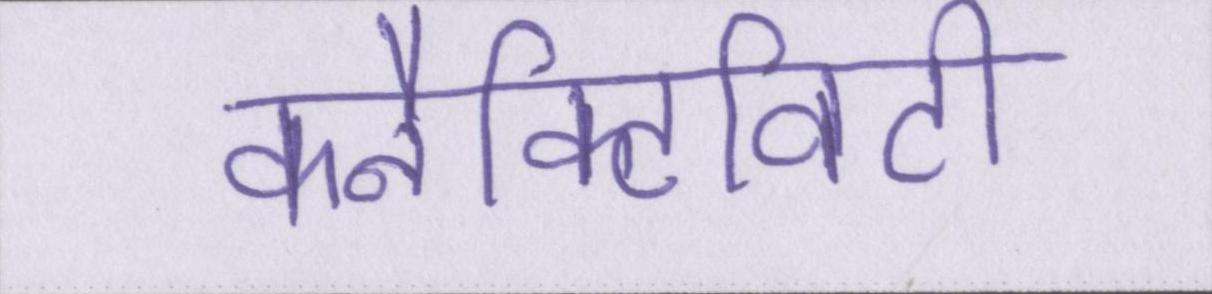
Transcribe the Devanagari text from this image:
कनैक्टिविटी